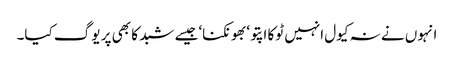
انہوں نے نہ کیول انہیں ٹوکا اپتو‘بھونکنا‘جیسے شبد کا بھی پر یوگ کیا۔